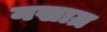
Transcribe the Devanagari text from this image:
नखाग्र